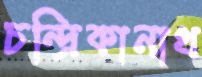
চন্দ্রিকানাথ